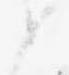
お